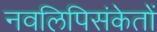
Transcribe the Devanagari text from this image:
नवलिपिसंकेतों